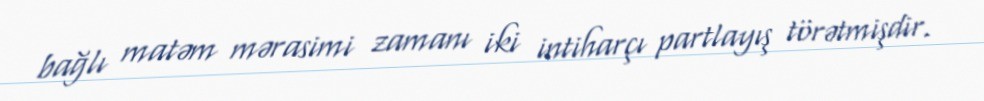
bağlı matəm mərasimi zamanı iki intiharçı partlayış törətmişdir.